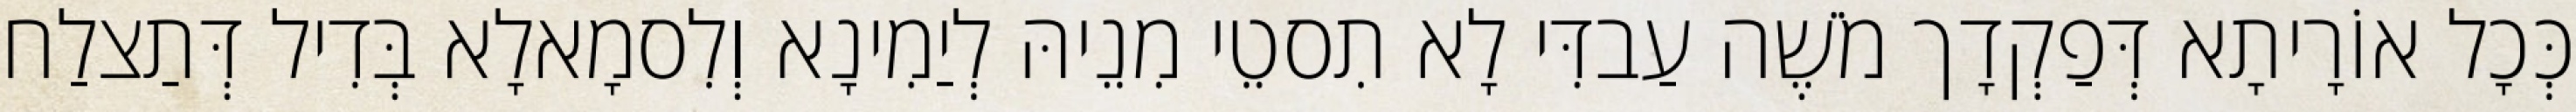
כְּכָל אוֹרָיתָא דְּפַקְדָך מֹשֶׁה עַבדִּי לָא תִסטֵי מִנֵיהּ לְיַמִינָא וְלִסמָאלָא בְּדִיל דְּתַצלַח